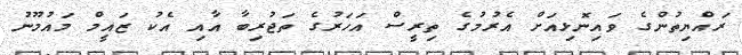
ރައްޔިތުންގެ ވައިނޮޅިއަށް އެރުމުގެ ތިރީސް އަހަރުގެ ތަޖުރިބާ އާއި އެކު ޒައީމް މައުމޫނު